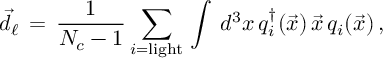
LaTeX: \vec { d } _ { \ell } \, = \, \frac { 1 } { N _ { c } - 1 } \sum _ { i = \mathrm { l i g h t } } \, \int \, d ^ { 3 } x \, q _ { i } ^ { \dagger } ( \vec { x } ) \, \vec { x } \, q _ { i } ( \vec { x } ) \, ,